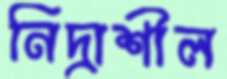
নিদ্রাশীল